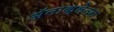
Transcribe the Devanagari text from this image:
अॅनाक्लेतस